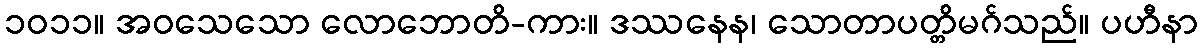
၁၀၁၁။ အဝသေသော လောဘောတိ-ကား။ ဒဿနေန၊ သောတာပတ္တိမဂ်သည်။ ပဟီနာ